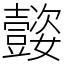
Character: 𡤜